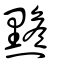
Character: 黵